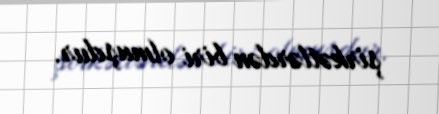
şirkətlərdən biri olmuşdur.